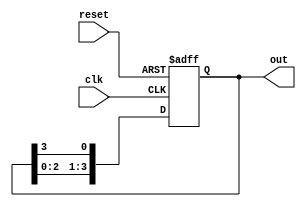
module multi_stage_ring_counter #(
    parameter N = 4  // Number of stages (flip-flops)
)(
    input wire clk,          // Clock signal
    input wire reset,        // Asynchronous reset signal
    output reg [N-1:0] out   // Output representing the current state of the ring counter
);

// Initial state
initial begin
    out = 1'b1; // Start with a single high bit
end

// Always block triggered on the rising edge of the clock or the reset signal
always @(posedge clk or posedge reset) begin
    if (reset) begin
        out <= 1'b1; // Reset to initial state
    end else begin
        // Shift the '1' to the right, wrapping around
        out <= {out[N-2:0], out[N-1]}; // Shift right
    end
end

endmodule